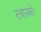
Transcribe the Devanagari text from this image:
टबास्को